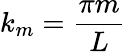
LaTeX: k_{m}={\frac{\pi m}{L}}